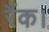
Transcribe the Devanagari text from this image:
रैंक।